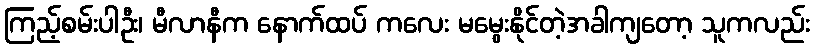
ကြည့်စမ်းပါဦး၊ မီလာနီက နောက်ထပ် ကလေး မမွေးနိုင်တဲ့အခါကျတော့ သူကလည်း